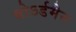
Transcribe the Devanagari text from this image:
बोऽर्डमैन